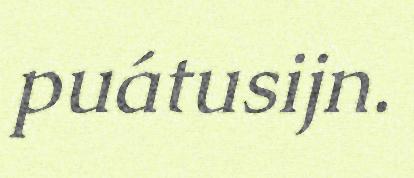
puátusijn.